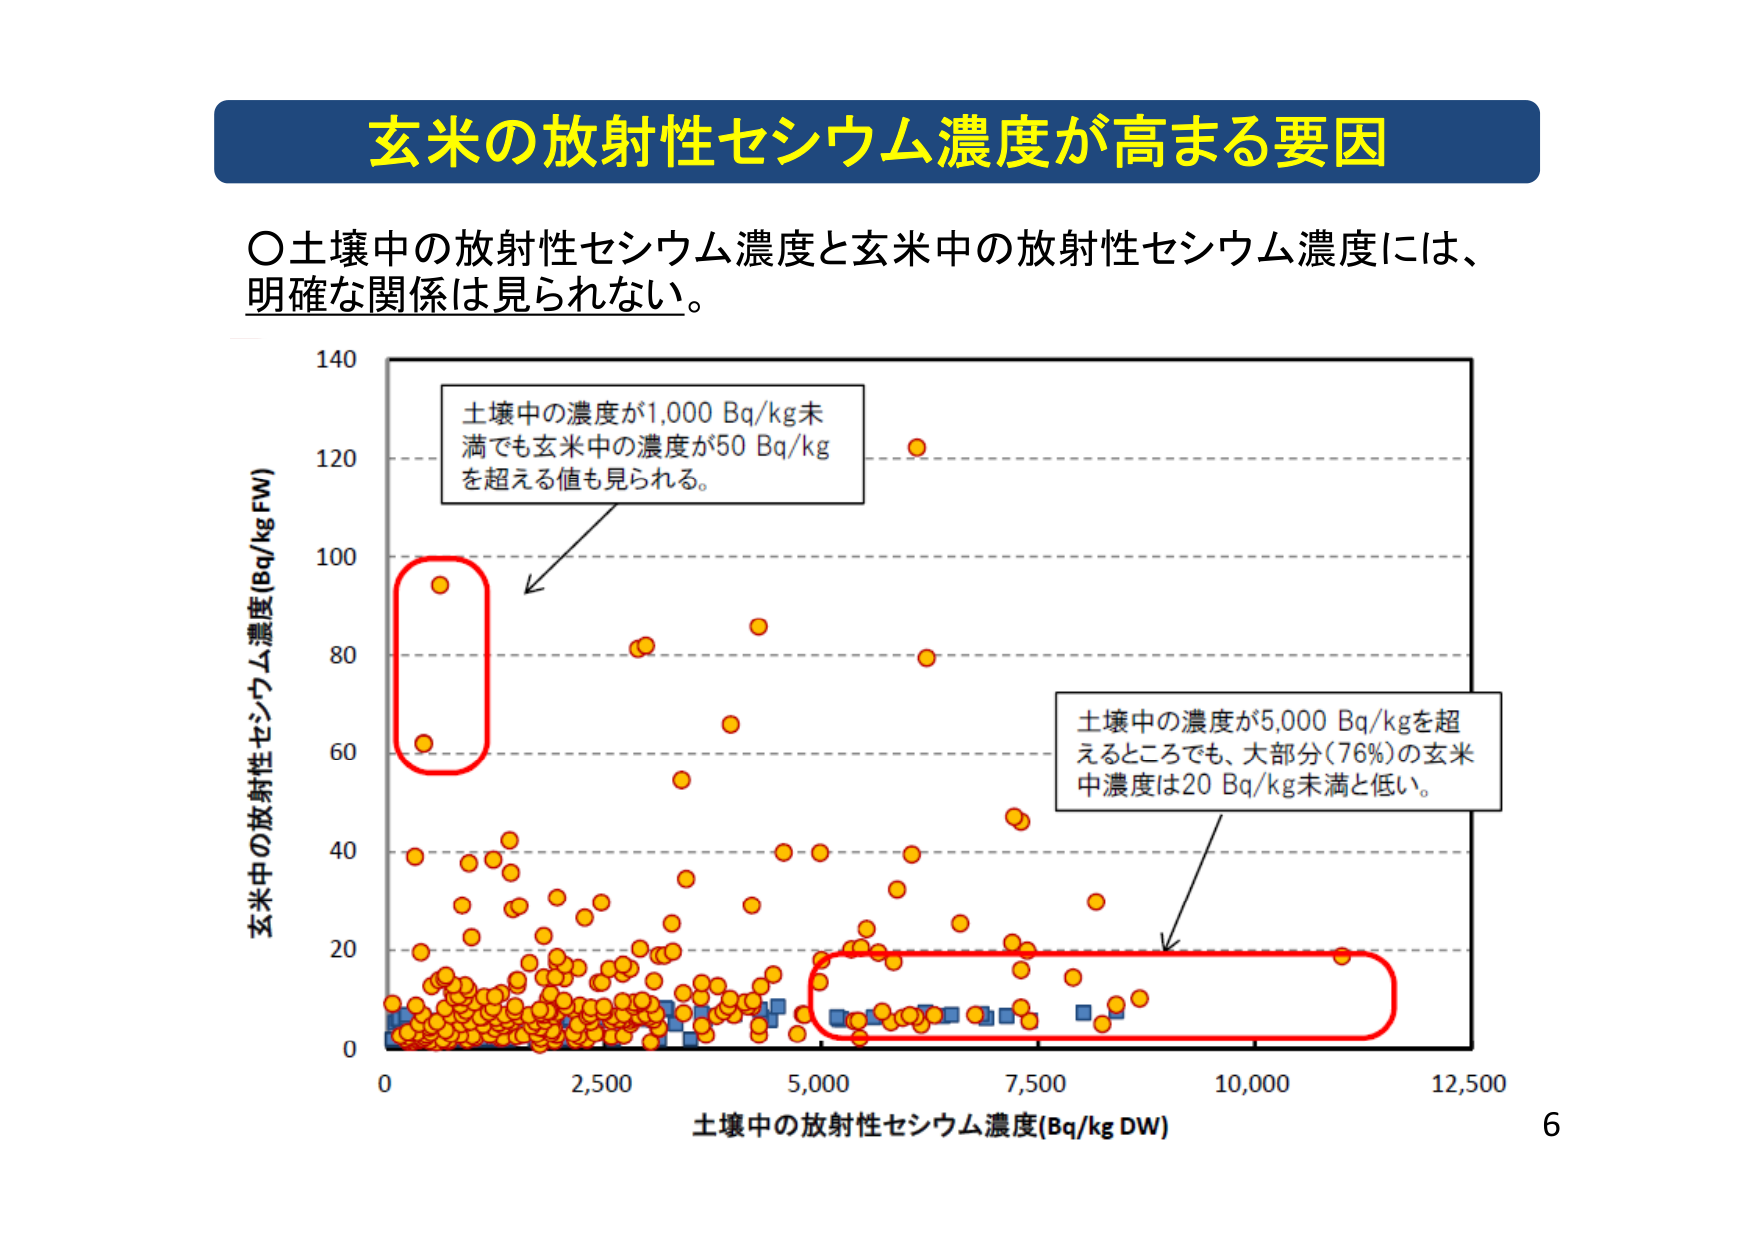
玄米の放射性セシウム濃度が高まる要因

○土壌中の放射性セシウム濃度と玄米中の放射性セシウム濃度には、
明確な関係は見られない。

140
120
100
80
60
40
20
0

玄米中の放射性セシウム濃度(Bq/kg FW)

土壌中の濃度が1,000 Bq/kg未
満でも玄米中の濃度が50 Bq/kg
を超える値も見られる。

土壌中の濃度が5,000 Bq/kgを超
えるところでも、大部分(76%)の玄米
中濃度は20 Bq/kg未満と低い。

0 2,500 5,000 7,500 10,000 12,500

土壌中の放射性セシウム濃度(Bq/kg DW)

6